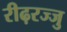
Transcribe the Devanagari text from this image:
रीढ़रज्जु